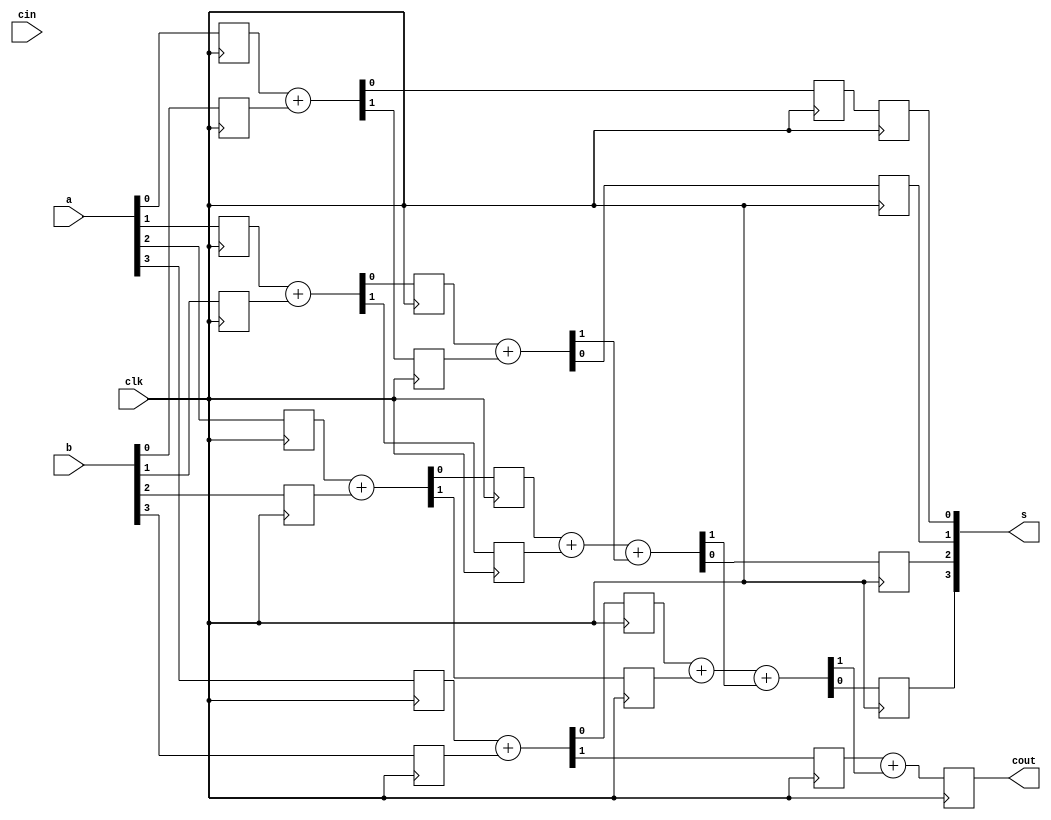
module fa32bit(s, cout, a, b, cin, clk);
	parameter n = 4;
	input[n-1:0] a, b;
	input cin, clk;
	output reg cout;
	output [n-1:0] s;
	
	reg a1, a2, a3, a4;
	reg b1, b2, b3, b4;
	reg s1, s2, s3, s4;
	reg ci, c1, c2, c3, c4;
	reg cout1, cout2, cout3, cout4;
	reg f1, f2, f3, f4;

	always @ (posedge clk)
		begin
			a1 <= a[0];
			a2 <= a[1];
			a3 <= a[2];
			a4 <= a[3];
						
			b1 <= b[0];
			b2 <= b[1];
			b3 <= b[2];
			b4 <= b[3];
			ci <= cin;
		end

	always @ (posedge clk)
		begin
			
			{c1, s1} <= a1 + b1;
			{c2, s2} <= a2 + b2;
			{c3, s3} <= a3 + b3;
			{c4, s4} <= a4 + b4;
			
			/*
			{cout1, f1} = s1 + c1 + cin;
			{cout2, f2} = s2 + c2  + cout1;
			{cout3, f3} = s3 + c3  +cout2;
			{cout4, f4} = s4 + c4  + cout3;
			cout = cout4;
			*/
			
			/*
			{cout1, f1} = s2 + c1;
			{cout2, f2} = s3 + c2 + cout1;
			{cout3, f3} = s4 + c3 + cout2;
			{cout4, f4 } = c4 + cout3;
			*/
			
			
			f1 = s1;
			{cout1, f2} = s2 + c1;			
			{cout2, f3} = s3 + c2 + cout1;
			{cout3, f4} = s4 + c3 + cout2;
			cout = c4 + cout3;
			/*
			f1 = s2 + c1;
			f2 = s3 + c2;
			f3 = s4 + c3;
			f4 = c4;
			*/
		end
	
	assign s = {f4, f3, f2, f1};

endmodule